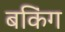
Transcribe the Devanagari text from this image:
बकिंग